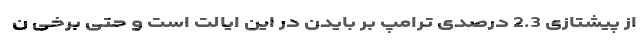
از پیشتازی 2.3 درصدی ترامپ بر بایدن در این ایالت است و حتی برخی ن